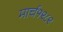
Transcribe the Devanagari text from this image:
मार्च१९८९